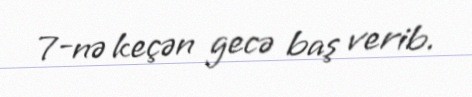
7-nə keçən gecə baş verib.